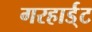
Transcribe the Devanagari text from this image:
गरहार्ड्‌ट